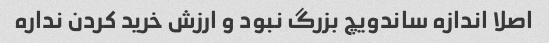
اصلا اندازه ساندویچ بزرگ نبود و ارزش خرید کردن نداره